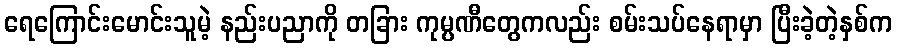
ရေကြောင်းမောင်းသူမဲ့ နည်းပညာကို တခြား ကုမ္ပဏီတွေကလည်း စမ်းသပ်နေရာမှာ ပြီးခဲ့တဲ့နှစ်က